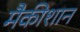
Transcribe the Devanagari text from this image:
मैकीशान